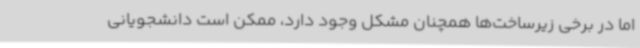
اما در برخی زیرساخت‌ها همچنان مشکل وجود دارد، ممکن است دانشجویانی